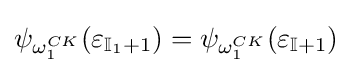
\psi _{\omega _{1}^{CK}}(\varepsilon _{\mathbb {I} _{1}+1})=\psi _{\omega _{1}^{CK}}(\varepsilon _{\mathbb {I} +1})